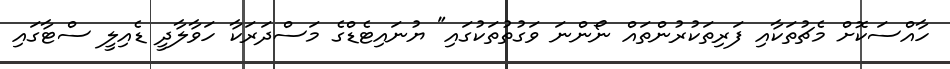
ހާއްސަކޮށް މެޗުތަކާއި ފަރިތަކުރުންތައް ނޯންނަ ވަގުތުތަކުގައި" ޔުނައިޓެޑްގެ މަސްދަރަކާ ހަވާލާދީ ޑެއިލީ ސްޓާގައި